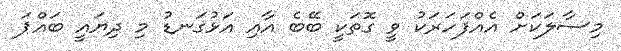
މިސާލަކަށް އެއްފަހަރަކު ވީ ގޮތަކީ ބޭބެ އާއި އަޅުގަނޑު މި ދިޔައީ ބައްޕަ